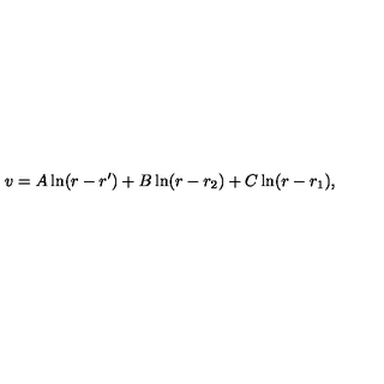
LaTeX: v = A \ln ( r - r ^ { \prime } ) + B \ln ( r - r _ { 2 } ) + C \ln ( r - r _ { 1 } ) ,